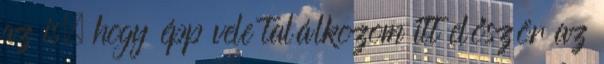
az is, hogy épp vele találkozom itt először az